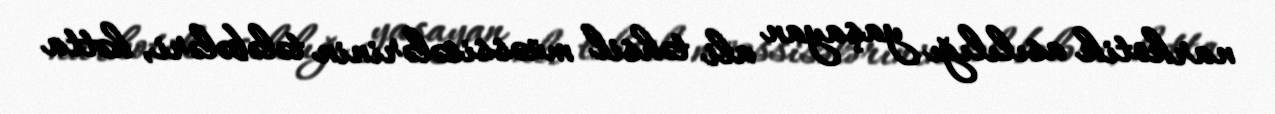
narkotik asılılığı yaşayan ali təhsil müəssisələrinin tələbələri, hətta